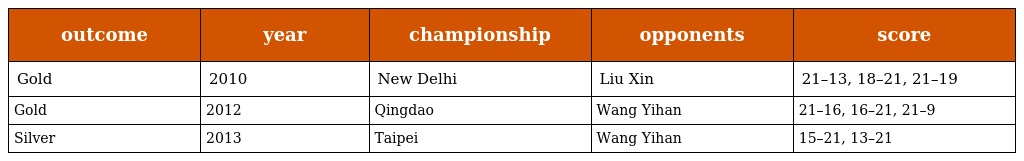
| outcome | year | championship | opponents | score |
 | --- | --- | --- | --- | --- |
 | Gold | 2010 | New Delhi | Liu Xin | 21–13, 18–21, 21–19 |
 | Gold | 2012 | Qingdao | Wang Yihan | 21–16, 16–21, 21–9 |
 | Silver | 2013 | Taipei | Wang Yihan | 15–21, 13–21 |